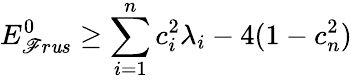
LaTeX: E_{\mathscr{F}r\mathit{u}s}^{0}\geq\sum_{i=1}^{n}c_{i}^{2}\lambda_{i}-4(1-c_{n}^{2})